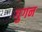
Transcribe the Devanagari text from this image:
गुगन